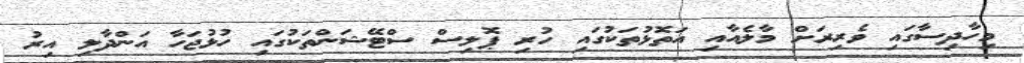
މިހާދިސާގައި ވެރިރަށް މާލެއާއި އަތޮޅުތަކުގައި ހުރި ޕޮލިސް ސްޓޭޝަންތަކުގައި ހުޅުޖަހާ އަންދާލި އިރު